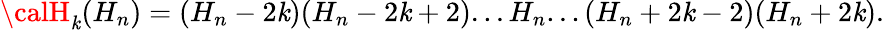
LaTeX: {\calH}_{\mathit{k}}(H_{n})=(H_{n}-2\mathit{k})(H_{n}-2\mathit{k}+2)...H_{n}...(H_{n}+2\mathit{k}-2)(H_{n}+2\mathit{k}).